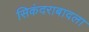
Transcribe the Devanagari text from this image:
सिकंदराबादला